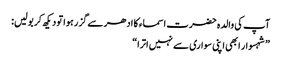
آپ کی والدہ حضرت اسماء کا ادھر سے گزر ہوا تو دیکھ کر بولیں:
”شہسوار ابھی اپنی سواری سے نہیں اترا“